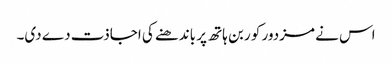
اس نے مزدور کو ربن ہاتھ پر باندھنے کی اجاذت دے دی۔